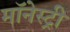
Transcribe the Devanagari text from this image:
मॉनेस्‍ट्री